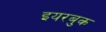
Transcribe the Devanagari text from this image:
इयरबुक